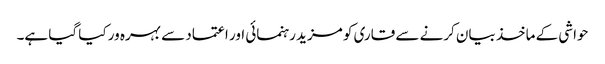
حواشی کے ماخذ بیان کرنے سے قاری کو مزید رہنمائی اور اعتماد سے بہرہ ور کیا گیا ہے۔